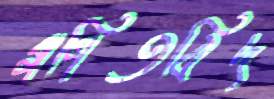
গণিতবিদ